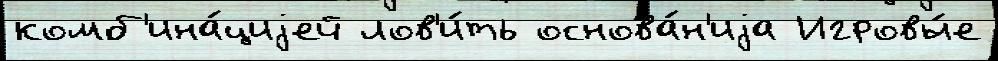
комб'ина́циjей лов'и́ть основа́н'иjа Игровы́е